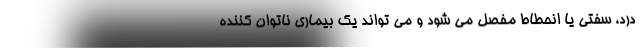
درد، سفتی یا انحطاط مفصل می شود و می تواند یک بیماری ناتوان کننده